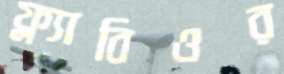
ফ্ল্যাবিওর